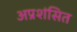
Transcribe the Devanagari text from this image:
अप्रशंसित